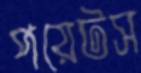
পয়েটস